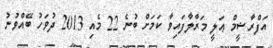
އަފްރާޝީމް ޢަލީ މަރާލާފައިވާ ކަމަށް ބުނެ 22 މެއި 2013 ދުވަހު ބޭއްވުނު